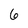
Character: 6